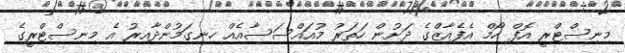
މިނިސްޓްރީ އޮފް ހޯމް އެފެއާޒްގެ ދަށުން ހަތަރު މުއައްސަސާއެއް ހިނގަމުންދާއިރު އެ މިނިސްޓްރީގެ